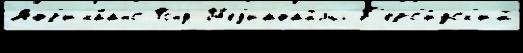
Афр'ика́анс Фонд М'ед'иафайлы П'ерс'и́дск'ий